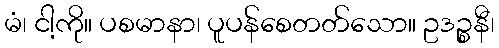
မံ၊ ငါ့ကို။ ပစမာနာ၊ ပူပန်စေတတ်သော။ ဥဒဉ္စနီ၊